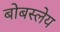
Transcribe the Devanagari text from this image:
बोबस्लेय